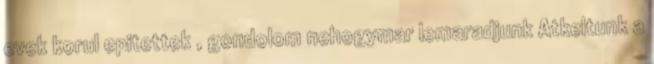
evek korul epitettek , gondolom nehogymar lemaradjunk Atkeltunk a